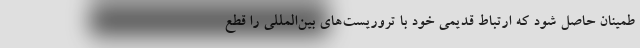
طمینان حاصل شود که ارتباط قدیمی خود با تروریست‌های بین‌المللی را قطع